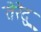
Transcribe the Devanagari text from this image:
तेरेदु